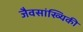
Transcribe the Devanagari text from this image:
जैवसांख्‍यिकी